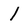
Character: l